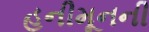
હનીમૂનની